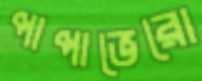
পাপাভেরো